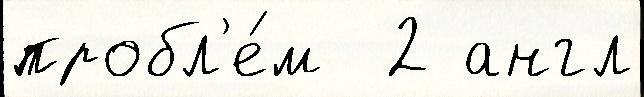
пробл'е́м  2 англ